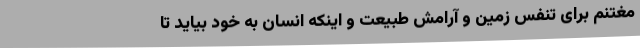
مغتنم برای تنفس زمین و آرامش طبیعت و اینکه انسان به خود بیاید تا